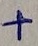
Text: +